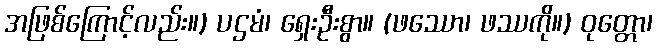
အဖြစ်ကြောင့်လည်း။) ပဌမံ၊ ရှေးဦးစွာ။ (ဖဿော၊ ဖဿကို။) ဝုတ္တော၊